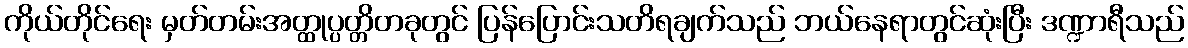
ကိုယ်တိုင်ရေး မှတ်တမ်းအတ္ထုပ္ပတ္တိတခုတွင် ပြန်ပြောင်းသတိရချက်သည် ဘယ်နေရာတွင်ဆုံးပြီး ဒဏ္ဍာရီသည်